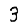
Digit: 3